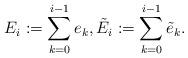
LaTeX: \begin{align*}E_i:=\sum^{i-1}_{k=0}e_k,\tilde{E}_i:=\sum^{i-1}_{k=0}\tilde{e}_k.\end{align*}